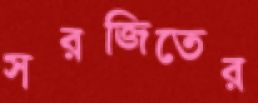
সরজিতের